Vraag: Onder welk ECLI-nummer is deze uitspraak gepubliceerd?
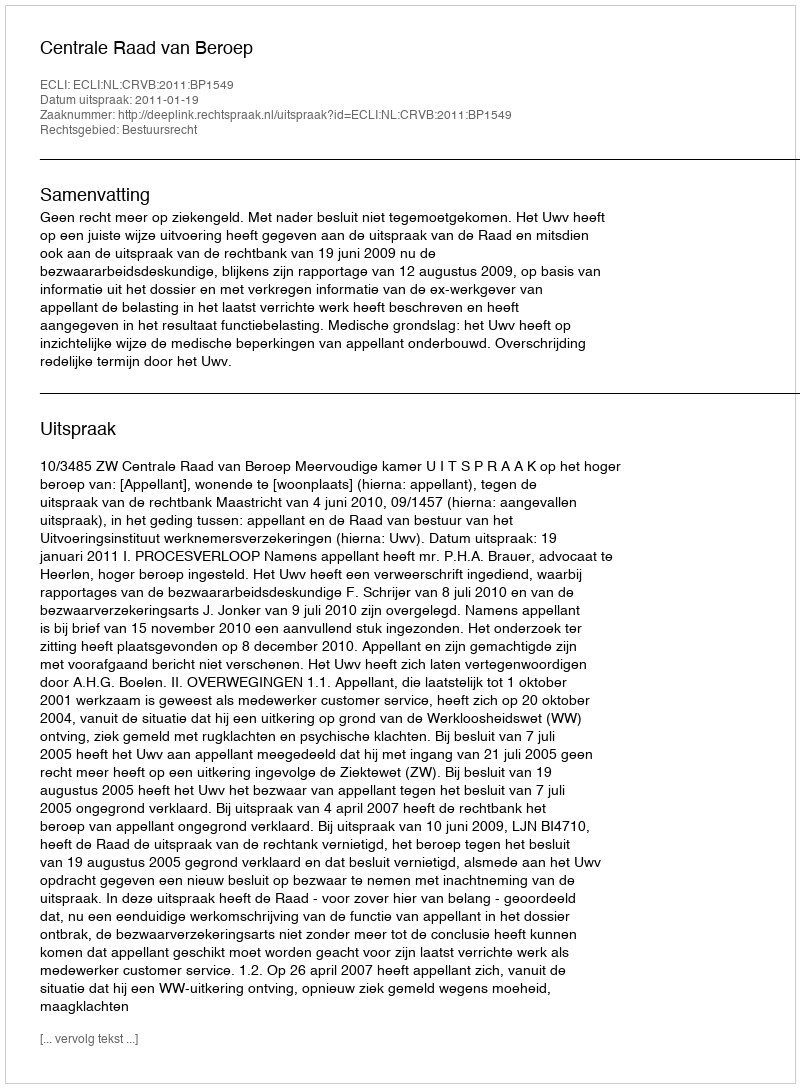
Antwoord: ECLI:NL:CRVB:2011:BP1549